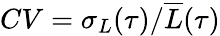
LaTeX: CV=\sigma_{L}(\tau)/\overline{{L}}(\tau)